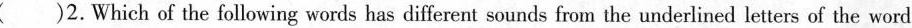
( )2.Which of the following words has different sounds from the underlined letters of the word